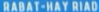
RABAT-HAYRIAD